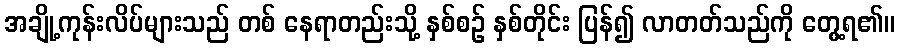
အချို့ကုန်းလိပ်များသည် တစ် နေရာတည်းသို့ နှစ်စဉ် နှစ်တိုင်း ပြန်၍ လာတတ်သည်ကို တွေ့ရ၏။